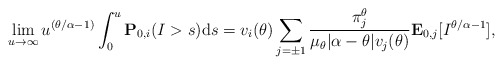
\begin{align*}\lim_{u\to\infty}u^{(\theta/\alpha-1 )}\int_{0}^{u}\mathbf{P}_{0,i}(I>s){\rm d}s=v_i(\theta)\sum_{j=\pm1} \frac{\pi_j^\theta}{\mu_{\theta}|\alpha-\theta|v_j(\theta)}\mathbf{E}_{0,j} [I^{\theta/\alpha-1} ],\end{align*}